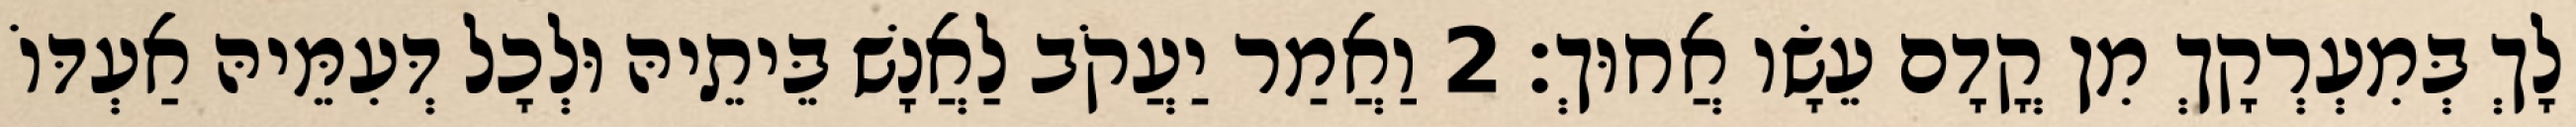
לָךְ בְּמִעְרְקָךְ מִן קֳדָם עֵשָׂו אֲחוּךְ׃ 2 וַאֲמַר יַעֲקֹב לַאֲנָשׁ בֵּיתֵיהּ וּלְכָל דְּעִמֵּיהּ אַעְדּוֹ